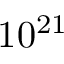
1 0 ^ { 2 1 }